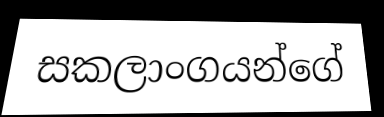
සකලාංගයන්ගේ